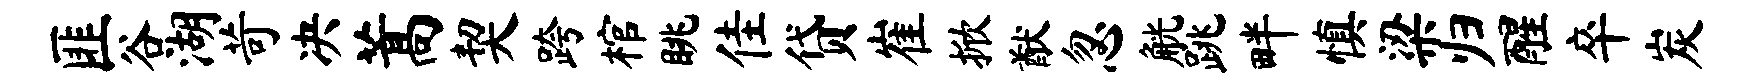
匪谷湖苛决蒿契跨棺眺佳贷崔掀猷忽觥跳畔慎梁归醒卒炭